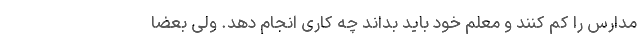
مدارس را کم کنند و معلم خود باید بداند چه کاری انجام دهد. ولی بعضا